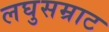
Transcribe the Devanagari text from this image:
लघुसम्राट